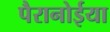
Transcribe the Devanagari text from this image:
पैरानोईया